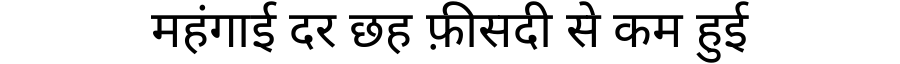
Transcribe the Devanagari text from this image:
महंगाई दर छह फ़ीसदी से कम हुई